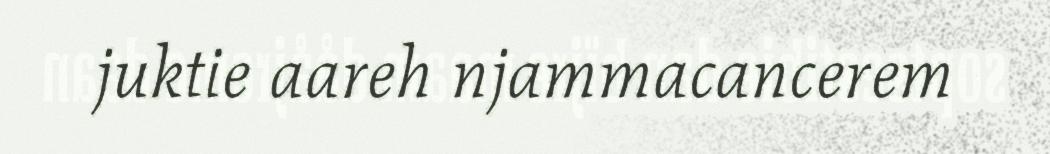
juktie aareh njammacancerem